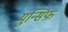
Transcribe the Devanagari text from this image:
मुन्सिफ़